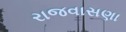
રાજવાસણા